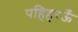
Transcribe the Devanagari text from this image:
पहिहरऊँ